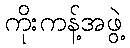
ကိုးကန့်အဖွဲ့